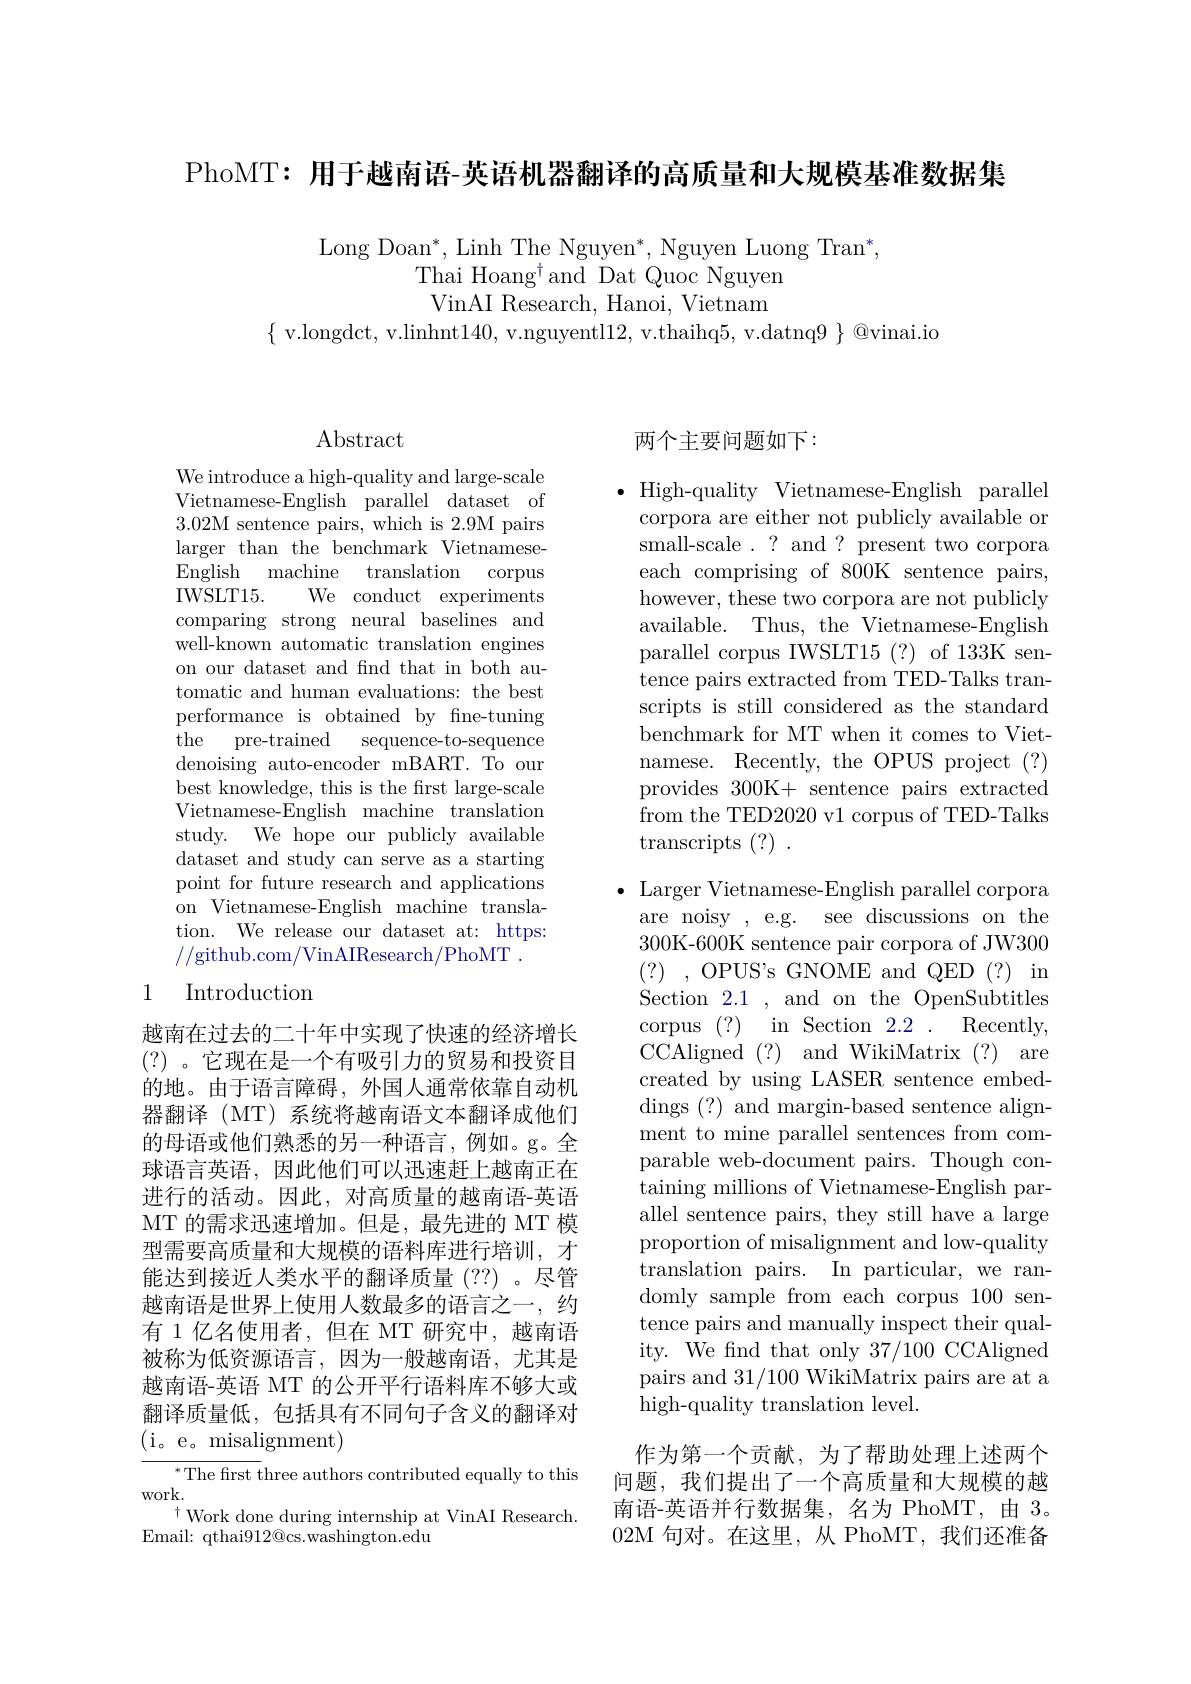
PhoMT: 用于越南语-英语机器翻译的高质量和大规模基准数据集

Long Doan*, Linh The Nguyen*, Nguyen Luong Tran"
Thai Hoang$^\dagger$and Dat Quoc Nguyen VinAI Research, Hanoi, Vietnam
$\{$v.longdct, v.linhnt140,v.nguyentl12,v.thaihq5,v.datnq$9\}@$vinai.io

$\operatorname{Abstract}$

We introduce a high-quality and large-scale Vietnamese-English parallel dataset of 3.02M sentence pairs, which is 2.9M pairs larger than the benchmark VietnameseEnglish machine translation corpus IWSLT15.
We conduct experiments
comparing strong neural baselines and well-known automatic translation engines on our dataset and fnd that in both automatic and human evaluations: the best performance is obtained by fne-tuning the pre-trained sequence-to-sequence denoising auto-encoder mBART. To our best knowledge, this is the frst large-scale Vietnamese-English machine translation study. We hope our publicly available dataset and study can serve as a starting point for future research and applications on Vietnamese-English machine translation. We release our dataset at: https: //github.com/VinAIResearch/PhoMT.

## 1 Introduction

越南在过去的二十年中实现了快速的经济增长(?)。它现在是一个有吸引力的贸易和投资目的地。由于语言障碍，外国人通常依靠自动机器翻译 (MT) 系统将越南语文本翻译成他们的母语或他们熟悉的另一种语言，例如。g。全球语言英语，因此他们可以迅速赶上越南正在进行的活动。因此，对高质量的越南语-英语MT 的需求迅速增加。但是，最先进的 MT 模型需要高质量和大规模的语料库进行培训，才能达到接近人类水平的翻译质量(??)。尽管越南语是世界上使用人数最多的语言之一，约有 1 亿名使用者，但在 MT 研究中，越南语被称为低资源语言，因为一般越南语，尤其是越南语-英语 MT 的公开平行语料库不够大或翻译质量低，包括具有不同句子含义的翻译对(i。e。misalignment)
$^{*}$The frst three authors contributed equally to this

work.
$^{\dagger}$Work done during internship at VinAI Research.
Email: qthai$912\textcircled{\mathrm{ocs.washington.edu}}$

## 两个主要问题如下：

$\bullet$ High-quality Vietnamese-English parallel
corpora are either not publicly available or small-scale.? and? present two corpora each comprising of 800K sentence pairs, however, these two corpora are not publicly available. Thus, the Vietnamese-English parallel corpus IWSLT15 (?) of 133K sentence pairs extracted from TED-Talks transcripts is still considered as the standard benchmark for MT when it comes to Vietnamese. Recently, the OPUS project (?) provides 300K+ sentence pairs extracted from the TED2020 v1 corpus of TED-Talks $\operatorname{transcripts}\left(?\right).$

$\bullet$ Larger Vietnamese-English parallel corpora
are noisy , e.g. see discussions on the 300K-600K sentence pair corpora of JW300 (?) ,OPUS's GNOME and QED (?) in Section 2.1 , and on the OpenSubtitles corpus (?) in Section 2.2 Recently, CCAligned (?) and WikiMatrix (?) are created by using LASER sentence embeddings (?) and margin-based sentence alignment to mine parallel sentences from comparable web-document pairs. Though containing millions of Vietnamese-English parallel sentence pairs, they still have a large proportion of misalignment and low-quality translation pairs. In particular, we randomly sample from each corpus 100 sentence pairs and manually inspect their quality. We fnd that only 37/100 CCAligned pairs and 31/100 WikiMatrix pairs are at a high-quality translation level.

作为第一个贡献，为了帮助处理上述两个问题，我们提出了一个高质量和大规模的越南语-英语并行数据集，名为 PhoMT, 由 3。02M 句对。在这里，从 PhoMT,我们还准备